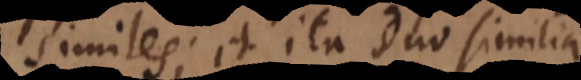
similes; et ita duo similia